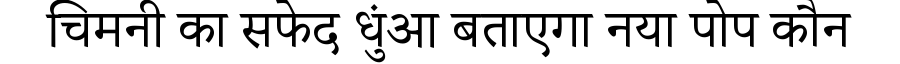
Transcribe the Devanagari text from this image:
चिमनी का सफेद धुंआ बताएगा नया पोप कौन